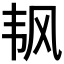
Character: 𬰲